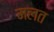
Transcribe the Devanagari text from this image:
मलत